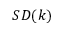
S D ( k )